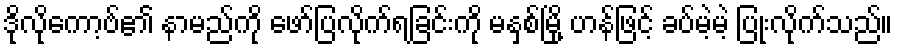
ဒိုလိုကော့ဗ်၏ နာမည်ကို ဖော်ပြလိုက်ရခြင်းကို မနှစ်မြို့ ဟန်ဖြင့် ခပ်မဲ့မဲ့ ပြုံးလိုက်သည်။